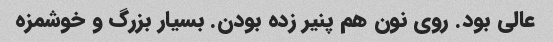
عالی بود. روی نون هم پنیر زده بودن. بسیار بزرگ و خوشمزه